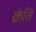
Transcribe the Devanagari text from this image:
क्रंति